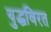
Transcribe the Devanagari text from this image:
युद्धविरत